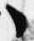
々